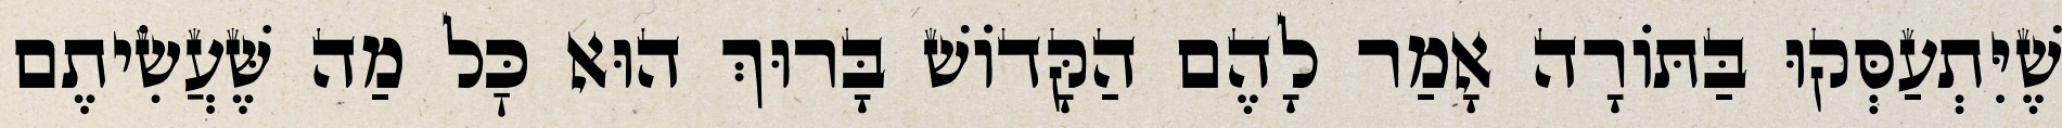
שֶׁיִּתְעַסְּקוּ בַּתּוֹרָה אָמַר לָהֶם הַקָּדוֹשׁ בָּרוּךְ הוּא כׇּל מַה שֶּׁעֲשִׂיתֶם